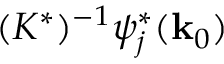
( K ^ { * } ) ^ { - 1 } \psi _ { j } ^ { * } ( { \bf k } _ { 0 } )